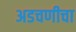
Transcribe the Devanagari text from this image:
अडचणीचा